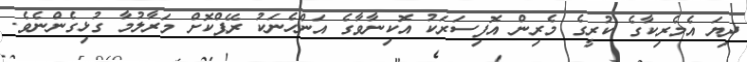
ދިޔަ އެމެރިކާގެ ކުރީގެ މެރިން އޮފިސަރަކު އޮކިނާވާގެ އަންހެނަކު ރޭޕްކޮށް މަރާލުމާ ގުޅިގެންނެވެ.